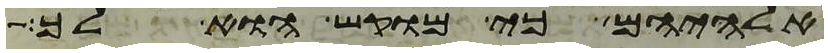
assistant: אלהיהם כי מוקש הוא לך